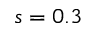
s = 0 . 3